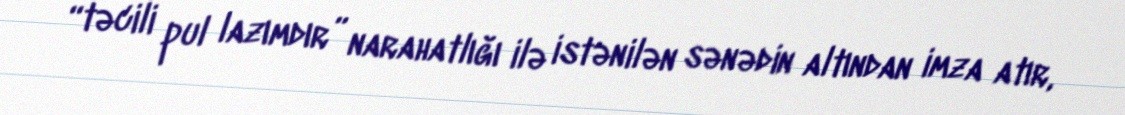
“təcili pul lazımdır” narahatlığı ilə istənilən sənədin altından imza atır,